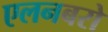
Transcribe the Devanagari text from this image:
एलनबरो